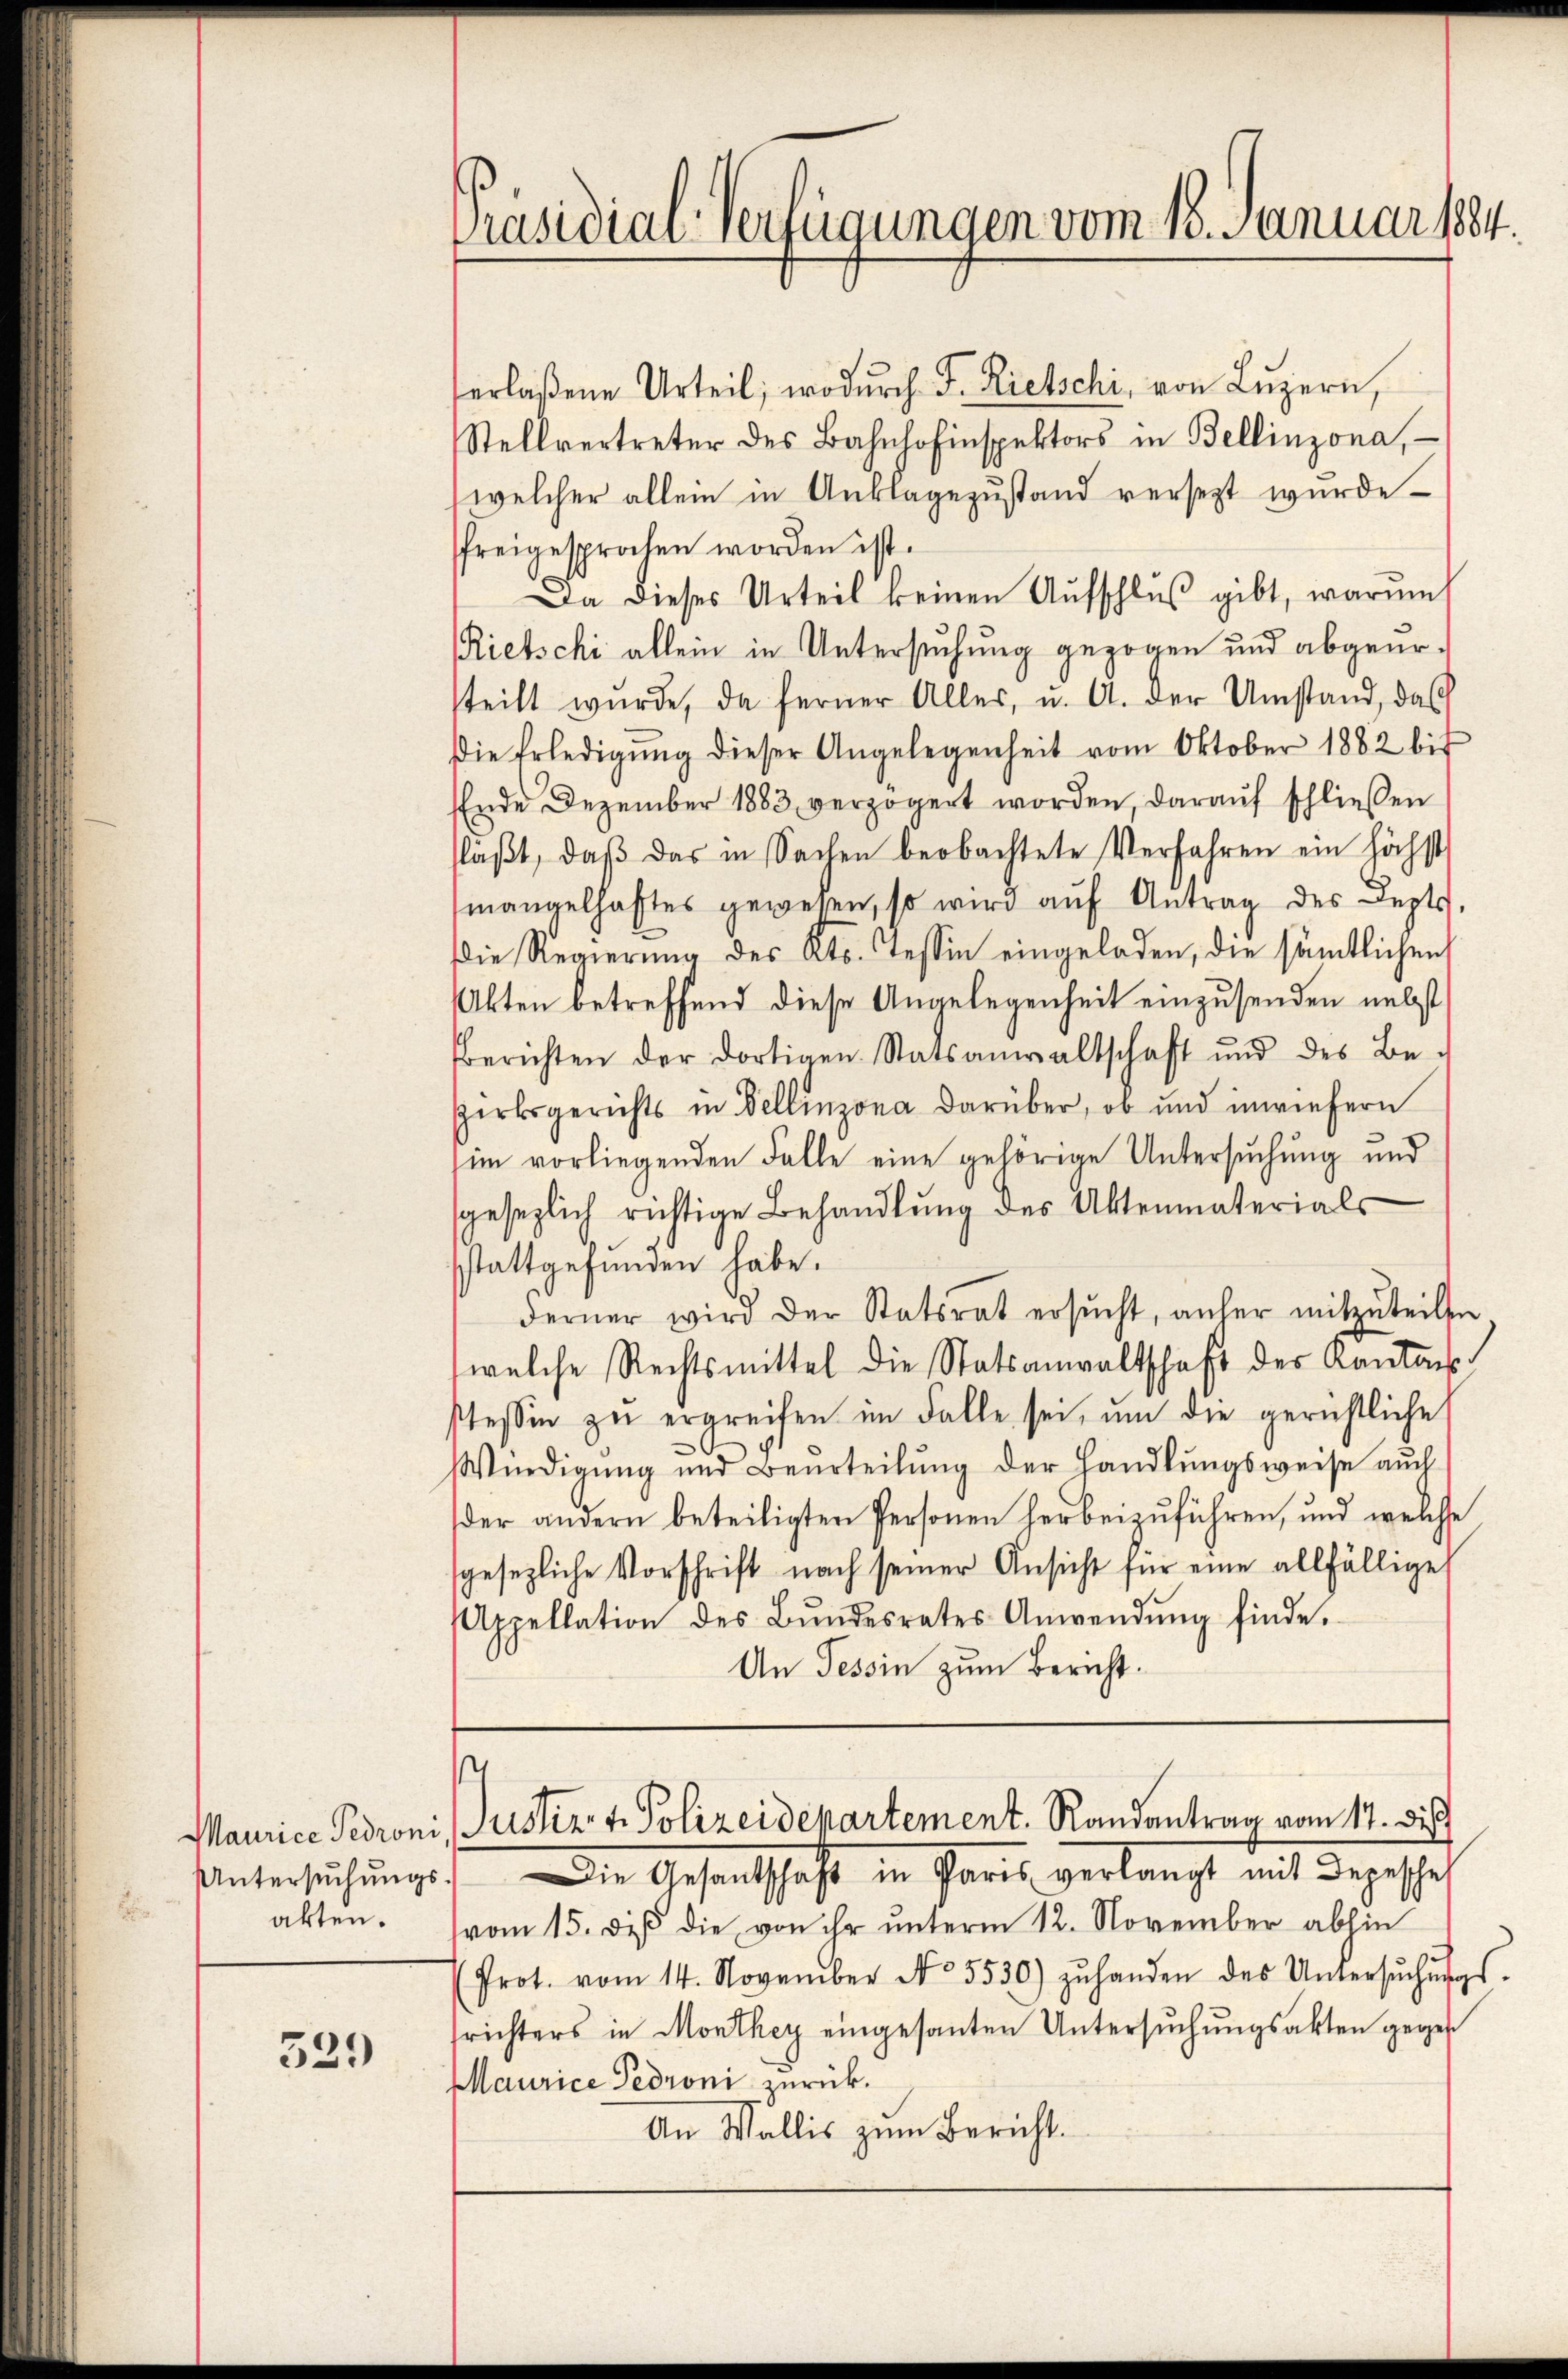
Maurice Pedroni
akten.

329

Präsidial-Verfügungen vom 18. Januar 1884.

verlaßene Urteil, wodŭrch F. Rietschi, von Lŭzern,
Stellvertreter des Bahnhofinspektors in Bellinzona,
welcher allein in Anklagezustand versezt wurde.
freigesprochen worden ist.
Da dieses Urteil keinen Aufschluß gibt, warum
Rietschi allein in Untersuchung gezogen und abgeursteilt wurde, da ferner Aller, u. A. der Umstand, das
Die Erledigŭng dieser Angelegenheit vom Oktober 1882 bis
Ende Dezember 1883, verzögert worden, daraŭf schliessen
fläβt, daβ das in Sachen beobachtete Verfahren ein höchst
mangelhaftes gewesen, so wird aŭf Antrag des Depts,
Die Regierung des Kts. Tessin eingeladen, die sämtlichen
Akten betreffend diese Angelegenheit einzusenden nebst
Berichten der dortigen Statsanwaltschaft und des Be-
Zirksgerichts in Bellinzona darüber, ob und inwiefern
im vorliegenden Falle eine gehörige Untersuchung und
gesezlich richtige Behandlŭng des Aktenmaterials
sstattgefunden habe.
derner wird der Statsrat ersŭcht, anher mitzŭteilen
welche Rechtsmittel die Statsanwaltschaft der Kantons
stessen zu ergreifen im Falle sei, um die gerichtliche
Würdigung und Beurteilung der Handlungsweise auch
der andern beteiligten Personen herbeizuführen, und welche
sgesezliche Vorschrift nach seiner Ansicht für eine allfällige
Appellation des Bŭndesrates Anwendŭng finde.
An Tessin zum Bericht:

.
Justiz & Polizeidepartement. Randantrag vom 17. di

Untersŭchŭngs. Die Gesandtschaft in Paris verlangt mit Depescheh
vom 15. des die von ihr unterm 12. November abhin
Prot. vom 14. November No. 5530) zŭ handen des Untersŭchŭngs-
srichters in Monthey eingesanten Untersuchungsakten gegen
Maurice Pedroni zurück.
An Wallis zum Bericht.